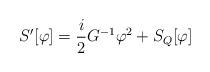
LaTeX: \begin{align*}S^{\prime}[\varphi ]={\frac{i}{2}}G^{-1}\varphi^2+S_Q[\varphi ]\end{align*}